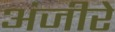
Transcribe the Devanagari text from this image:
अंजीरे